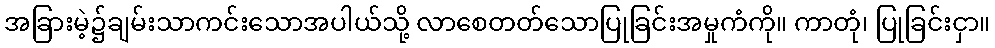
အခြားမဲ့၌ချမ်းသာကင်းသောအပါယ်သို့ လာစေတတ်သောပြုခြင်းအမှုကံကို။ ကာတုံ၊ ပြုခြင်းငှာ။